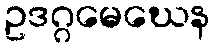
ဥဒဂ္ဂမေဃေန